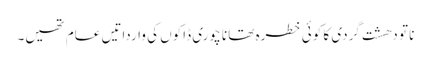
نا تو دھشت گردی کا کوئی خطرہ تھا نا چوری ڈاکوں کی وارداتیں عام تھیں۔